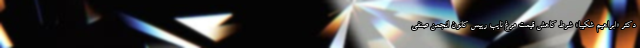
دکتر «ابراهیم شکیبا» شرط کاهش قیمت مرغ نایب رییس کانون انجمن صنفی